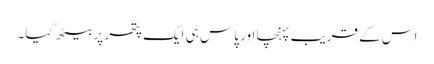
اس کے قریب پہنچا اور پاس ہی ایک پتھر پر بیٹھ گیا۔